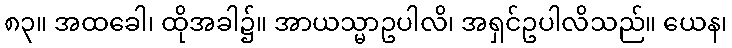
၈၃။ အထခေါ၊ ထိုအခါ၌။ အာယသ္မာဥပါလိ၊ အရှင်ဥပါလိသည်။ ယေန၊